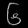
Digit: ၆